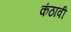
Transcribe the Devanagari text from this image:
कंठावी